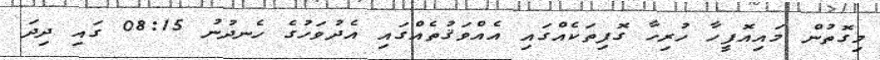
މިގޮތުން މައިއޮފީހާ ހުރިހާ ގޮފިތަކެއްގައި އެއްވަޤުތެއްގައި އެދުވަހުގެ ހެނދުނު 08:15 ގައި ދިދަ